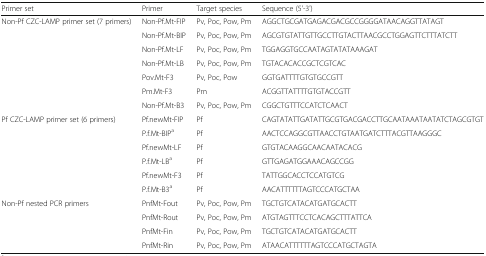
<table><thead><tr><td><b>Primer set</b></td><td><b>Primer</b></td><td><b>Target species</b></td><td><b>Sequence (5&#x27;-3&#x27;)</b></td></tr></thead><tbody><tr><td>Non-Pf CZC-LAMP primer set (7 primers)</td><td>Non-Pf.Mt-FIP</td><td>Pv, Poc, Pow, Pm</td><td>AGGCTGCGATGAGACGACGCCGGGGATAACAGGTTATAGT</td></tr><tr><td></td><td>Non-Pf.Mt-BIP</td><td>Pv, Poc, Pow, Pm</td><td>AGCGTGTATTGTTGCCTTGTACTTAACGCCTGGAGTTCTTTATCTT</td></tr><tr><td></td><td>Non-Pf.Mt-LF</td><td>Pv, Poc, Pow, Pm</td><td>TGGAGGTGCCAATAGTATATAAAGAT</td></tr><tr><td></td><td>Non-Pf.Mt-LB</td><td>Pv, Poc, Pow, Pm</td><td>TGTACACACCGCTCGTCAC</td></tr><tr><td></td><td>Pov.Mt-F3</td><td>Pv, Poc, Pow</td><td>GGTGATTTTGTGTGCCGTT</td></tr><tr><td></td><td>Pm.Mt-F3</td><td>Pm</td><td>ACGGTTATTTTGTGTACCGTT</td></tr><tr><td></td><td>Non-Pf.Mt-B3</td><td>Pv, Poc, Pow, Pm</td><td>CGGCTGTTTCCATCTCAACT</td></tr><tr><td>Pf CZC-LAMP primer set (6 primers)</td><td>Pf.newMt-FIP</td><td>Pf</td><td>CAGTATATTGATATTGCGTGACGACCTTGCAATAAATAATATCTAGCGTGT</td></tr><tr><td></td><td>P.f.Mt-BIP<sup>a</sup></td><td>Pf</td><td>AACTCCAGGCGTTAACCTGTAATGATCTTTACGTTAAGGGC</td></tr><tr><td></td><td>Pf.newMt-LF</td><td>Pf</td><td>GTGTACAAGGCAACAATACACG</td></tr><tr><td></td><td>P.f.Mt-LB<sup>a</sup></td><td>Pf</td><td>GTTGAGATGGAAACAGCCGG</td></tr><tr><td></td><td>Pf.newMt-F3</td><td>Pf</td><td>TATTGGCACCTCCATGTCG</td></tr><tr><td></td><td>P.f.Mt-B3<sup>a</sup></td><td>Pf</td><td>AACATTTTTTAGTCCCATGCTAA</td></tr><tr><td>Non-Pf nested PCR primers</td><td>PnfMt-Fout</td><td>Pv, Poc, Pow, Pm</td><td>TGCTGTCATACATGATGCACTT</td></tr><tr><td></td><td>PnfMt-Rout</td><td>Pv, Poc, Pow, Pm</td><td>ATGTAGTTTCCTCACAGCTTTATTCA</td></tr><tr><td></td><td>PnfMt-Fin</td><td>Pv, Poc, Pow, Pm</td><td>TGCTGTCATACATGATGCACTT</td></tr><tr><td></td><td>PnfMt-Rin</td><td>Pv, Poc, Pow, Pm</td><td>ATAACATTTTTTAGTCCCATGCTAGTA</td></tr></tbody></table>